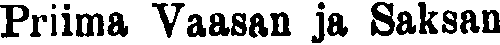
Priima Vaasan ja Saksan